Plague in India, 1896, 1897 - Volume 2
Year: 1896
Disease focus: Plague
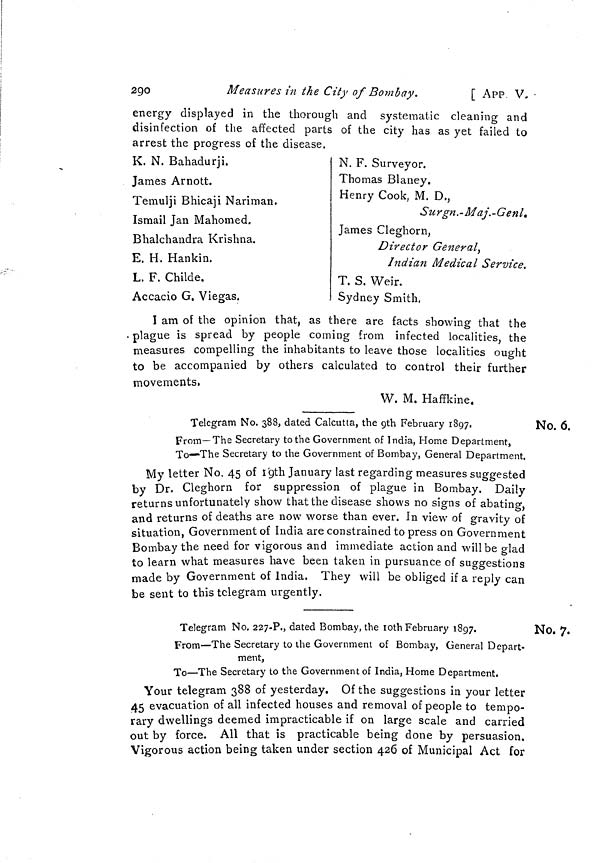
2QO
Measures in the City of Bombay.
[ APP V.
energy displayed in the thorough and systematic cleaning and
disinfection of the affected parts of the city has as yet failed to
arrest the progress of the disease.
K. N. Bahadur] i.
James Arnott.
Temulji Bhicaji Nariman.
Ismail Jan Mahomed.
Bhalchandra Krishna.
E. H. Hankin.
L. F. Childe.
Accacio G. Viegas.
N. F. Surveyor.
Thomas Blaney.
Henry Cook, M. D. }
Su rgn . - Maj. -Geni.
James Cleghorn,
Director General,
Indian Medical Service.
T. S. Weir.
Sydney Smith.
I am of the opinion that, as there are facts showing that the
. plague is spread by people coming from infected localities, the
measures compelling the inhabitants to leave those localities ought
to be accompanied by others calculated to control their further
movements.
W. M. Haffkine.
No. 6.
Telegram No. 388, dated Calcutta, the gth February 1897.
From—The Secretary to the Government of India, Home Department,
To—The Secretary to the Government of Bombay, General Department.
My letter No. 45 of I'gth January last regarding measures suggested
by Dr. Cleghorn for suppression of plague in Bombay. Daily
returns unfortunately show that the disease shows no signs of abating,
and returns of deaths are now worse than ever. In view of gravity of
situation, Government of India are constrained to press on Government
Bombay the need for vigorous and immediate action and will be criad
to learn what measures have been taken in pursuance of suggestions
made by Government of India. They will be obliged if a reply can
be sent to this telegram urgently.
No. 7.
Telegram No. 227-?., dated Bombay, the loth February 1897.
From—The Secretary to the Government of Bombay, General Depart-
ment,
To—The Secretary to the Government of India, Home Department.
Your telegram 388 of yesterday. Of the suggestions in your letter
45 evacuation of all infected houses and removal of people to tempo-
rary dwellings deemed impracticable if on large scale and carried
out by force. All that is practicable being done by persuasion.
Vigorous action being taken under section 426 of Municipal Act for